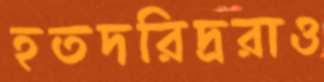
হতদরিদ্ররাও